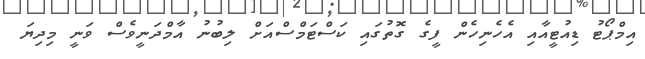
އިމްޕޯޓު ޑިއުޓީއާއި އެހެނިހެން ފީގެ ގޮތުގައި ކަސްޓަމްސްއަށް ލިބުނު އާމްދަނީވެސް ވަނީ މިދިޔަ